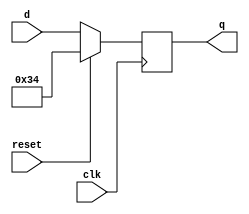
module top_module (
    input clk,
    input reset,
    input [7:0] d,
    output [7:0] q
);
    always@(negedge clk)begin
        if (reset == 1)
            q = 8'h 34;  //0x34 是16进制
        else q = d;
    end
endmodule